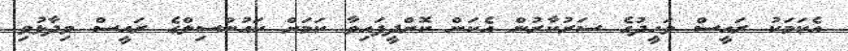
އެކަމަކު ރައީސް ވަހީދުގެ ސަރުކާރުން އެކަން ކޮށްދީފައިވާ ކަމަށް ކައުންސިލްގެ ރައީސް ވިދާޅުވި